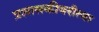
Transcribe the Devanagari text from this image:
प्रशासकीयरीत्या